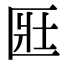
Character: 匨